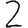
Digit: 2